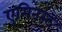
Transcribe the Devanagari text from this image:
एगिनस्ट